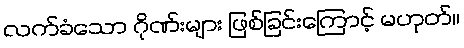
လက်ခံသော ဂိုဏ်းများ ဖြစ်ခြင်းကြောင့် မဟုတ်။